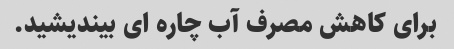
برای کاهش مصرف آب چاره ای بیندیشید.